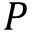
P